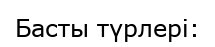
Басты түрлері: